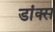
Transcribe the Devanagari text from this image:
डांक्स